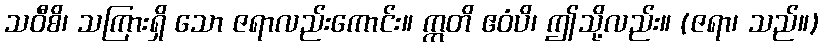
သဝီစိ၊ သကြားရှိ သော ဇရာလည်းကောင်း။ ဣတိ ဧဝံပိ၊ ဤသို့လည်း။ (ဇရာ၊ သည်။)